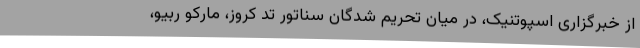
از خبرگزاری اسپوتنیک، در میان تحریم شدگان سناتور تد کروز، مارکو ربیو،